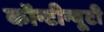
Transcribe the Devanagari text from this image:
कॉन्टीन्यूटी